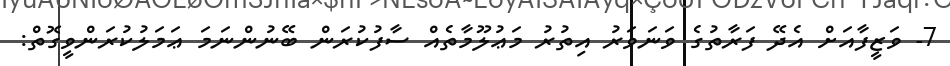
7- ވަޒީފާއަށް އެދޭ ފަރާތުގެ ވަނަވަރު އިތުރު މަޢުލޫމާތެއް ސާފުކުރަން ބޭނުންނަމަ ޢަމަލުކުރަންވީގޮތް: